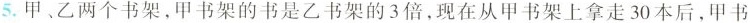
5.甲、乙两个书架，甲书架的书是乙书架的3倍，现在从甲书架上拿走30本后，甲书